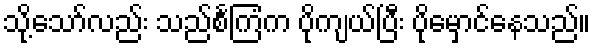
သို့သော်လည်း သည်စင်္ကြံက ပိုကျယ်ပြီး ပိုမှောင်နေသည်။